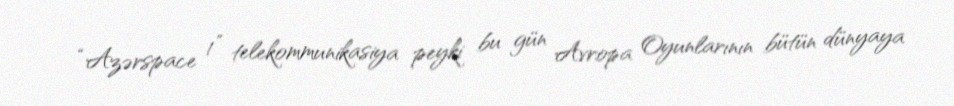
“Azərspace 1” telekommunikasiya peyki bu gün Avropa Oyunlarının bütün dünyaya